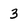
Character: 3